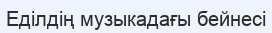
Еділдің музыкадағы бейнесі